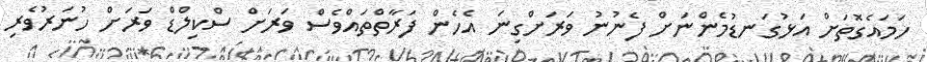
ހަމައެގޮތަށް އަޅުގަނޑުމެންނަށް ފެނުނު ވަރަށްގިނަ އެހެން ފަރާތްތައްވެސް ވަރަށް ސްކިލްޑް ވަރަށް ހުނަރުވެރި